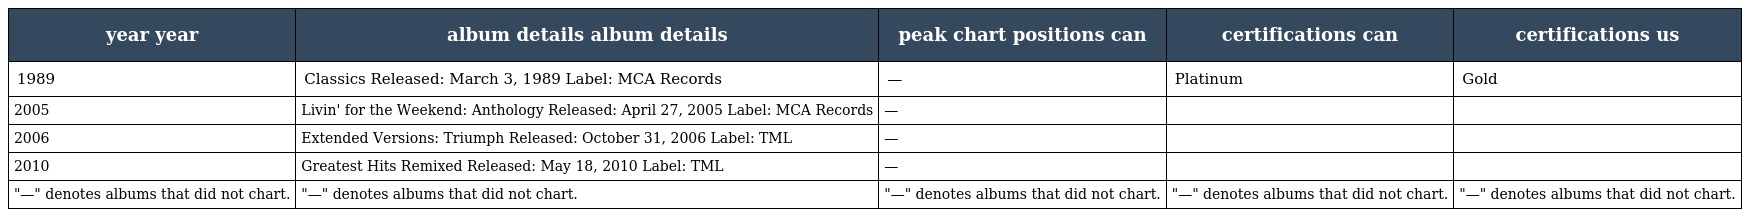
| year year | album details album details | peak chart positions can | certifications can | certifications us |
 | --- | --- | --- | --- | --- |
 | 1989 | Classics Released: March 3, 1989 Label: MCA Records | — | Platinum | Gold |
 | 2005 | Livin' for the Weekend: Anthology Released: April 27, 2005 Label: MCA Records | — |  |  |
 | 2006 | Extended Versions: Triumph Released: October 31, 2006 Label: TML | — |  |  |
 | 2010 | Greatest Hits Remixed Released: May 18, 2010 Label: TML | — |  |  |
 | "—" denotes albums that did not chart. | "—" denotes albums that did not chart. | "—" denotes albums that did not chart. | "—" denotes albums that did not chart. | "—" denotes albums that did not chart. |